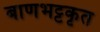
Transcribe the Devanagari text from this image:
बाणभट्टकृत